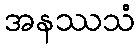
အနဿသံ